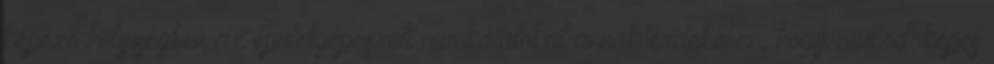
képező helyiségben az épületgépészeti munkálatokat annak érdekében, hogy működőképes